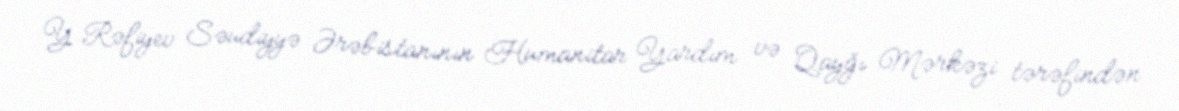
Y.Rəfiyev Səudiyyə Ərəbistanının Humanitar Yardım və Qayğı Mərkəzi tərəfindən